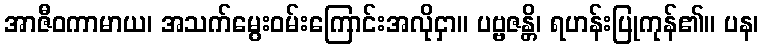
အာဇီဝကာမာယ၊ အသက်မွေးဝမ်းကြောင်းအလိုငှာ။ ပဗ္ဗဇန္တိ၊ ရဟန်းပြုကုန်၏။ ပန၊